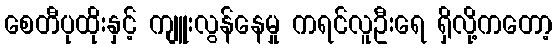
စေတီပုထိုးနှင့် ကျူးလွန်နေမှု ကရင်လူဦးရေ ရှိလို့ကတော့